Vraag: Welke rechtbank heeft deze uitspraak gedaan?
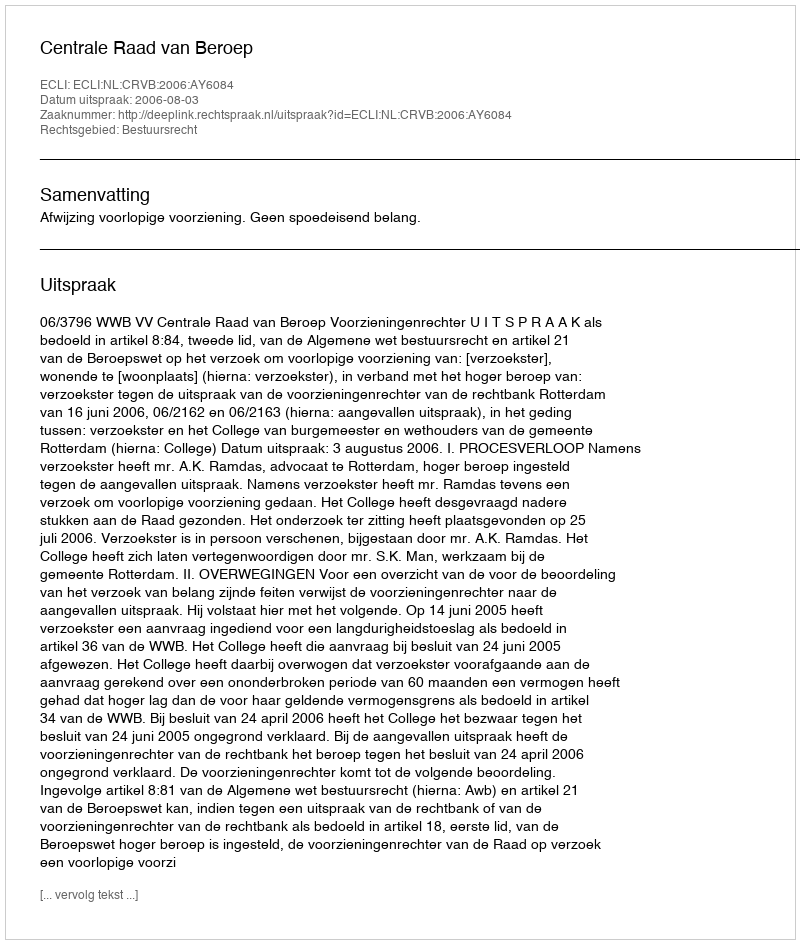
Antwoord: Centrale Raad van Beroep